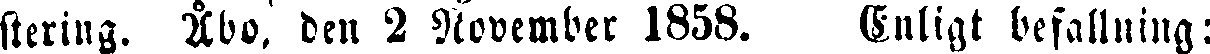
stering. Åbo, den 2 November 1858. Enligt befallning: